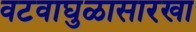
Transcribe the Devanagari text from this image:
वटवाघुळासारखा